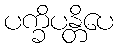
ပက္ခိပန္တိပေ